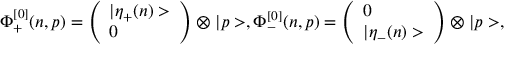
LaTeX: \Phi _ { + } ^ { [ 0 ] } ( n , p ) = \left( \begin{array} { l } { { | \eta _ { + } ( n ) > } } \\ { { 0 } } \end{array} \right) \otimes | p > , \Phi _ { - } ^ { [ 0 ] } ( n , p ) = \left( \begin{array} { l } { { 0 } } \\ { { | \eta _ { - } ( n ) > } } \end{array} \right) \otimes | p > ,